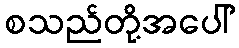
စသည်တို့အပေါ်